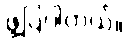
ဖွဲ့ပြပါတယ်။